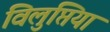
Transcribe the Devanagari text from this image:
विलुप्तियां